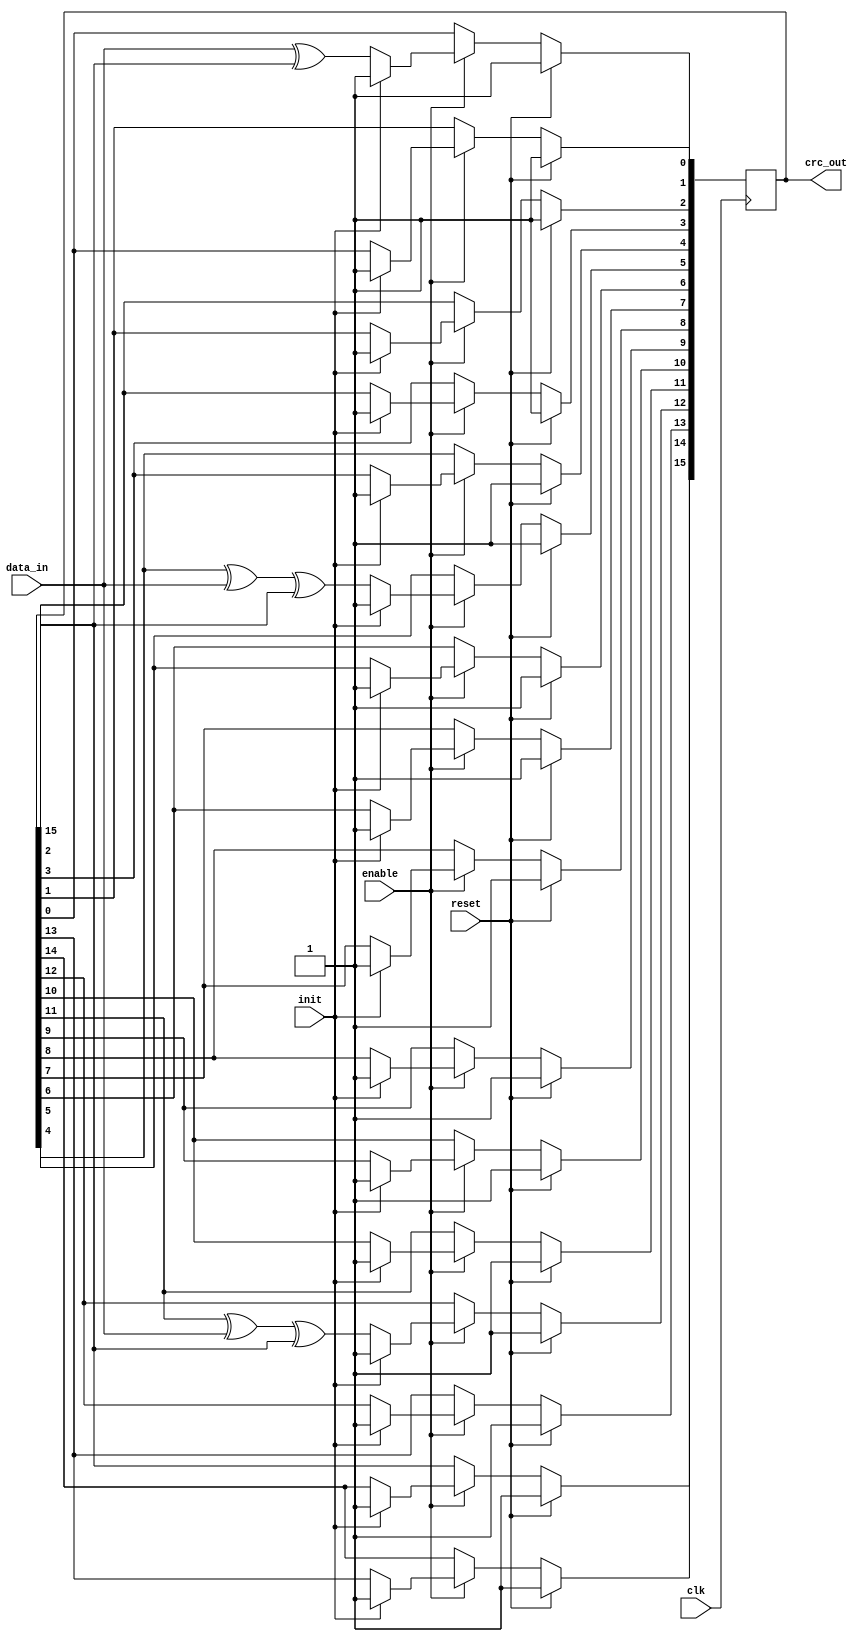
module serial_crc_ccitt (
clk     ,
reset   ,
enable  ,
init    , 
data_in , 
crc_out
);
input clk     ;
input reset   ;
input enable  ;
input init    ;
input data_in ;
output [15:0] crc_out;
reg   [15:0] lfsr;
assign crc_out = lfsr;
always @ (posedge clk)
if (reset) begin
  lfsr <= 16'hFFFF;
end else if (enable) begin
  if (init) begin
    lfsr <=  16'hFFFF;
  end else begin
    lfsr[0]  <= data_in ^ lfsr[15];
    lfsr[1]  <= lfsr[0];
    lfsr[2]  <= lfsr[1];
    lfsr[3]  <= lfsr[2];
    lfsr[4]  <= lfsr[3];
    lfsr[5]  <= lfsr[4] ^ data_in ^ lfsr[15];
    lfsr[6]  <= lfsr[5];
    lfsr[7]  <= lfsr[6];
    lfsr[8]  <= lfsr[7];
    lfsr[9]  <= lfsr[8];
    lfsr[10] <= lfsr[9];
    lfsr[11] <= lfsr[10];
    lfsr[12] <= lfsr[11] ^ data_in ^ lfsr[15];
    lfsr[13] <= lfsr[12];
    lfsr[14] <= lfsr[13];
    lfsr[15] <= lfsr[14];
  end
end 
endmodule